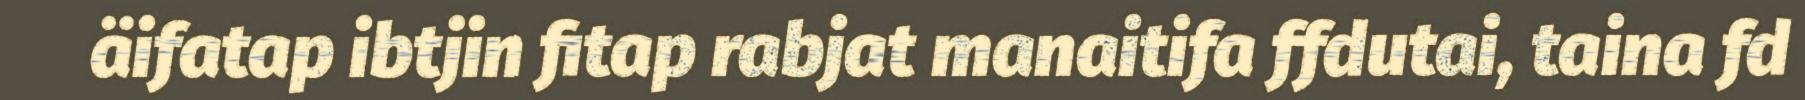
äifatap ibtjin fitap rabjat manaitifa ffdutai, taina fd